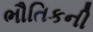
ભૌતિકની